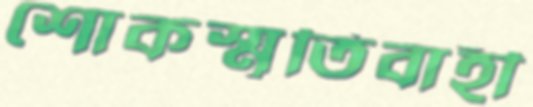
শোকস্মৃতিবাহী